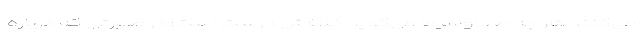
می‌کنند هر چه صداوسیما می‌گوید خلافش درست است؛ در صورتی که درباره